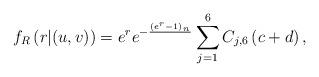
LaTeX: \begin{align*}f_{R}\left(r|(u,v)\right) =e^r e^{-\frac{(e^r-1)\,_n}{\overline{}}}\sum_{j=1}^{6}C_{j,6}\left(c+d\right),\end{align*}